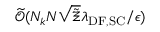
\widetilde { \mathcal { O } } ( N _ { k } N \sqrt { \tilde { \Xi } } \lambda _ { \mathrm { D F } , \mathrm { S C } } / \epsilon )